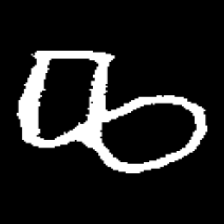
Pyu character \u2014 Myanmar letter: ဆ (romanized: cha)